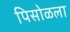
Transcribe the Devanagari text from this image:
पिसोळला